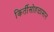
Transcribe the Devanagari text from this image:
किर्तीसोहळामान